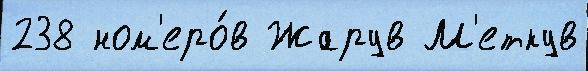
238 ном'еро́в Жарув М'еткув